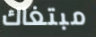
مبتغاك